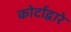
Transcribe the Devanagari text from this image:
कोर्टाद्वारे